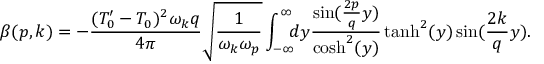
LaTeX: \beta ( p , k ) = - \frac { ( T _ { 0 } ^ { \prime } - T _ { 0 } ) ^ { 2 } \omega _ { k } q } { 4 \pi } \sqrt { \frac { 1 } { \omega _ { k } \omega _ { p } } } \int _ { - \infty } ^ { \infty } \! \! \! d y \frac { \sin ( \frac { 2 p } { q } y ) } { \mathrm { c o s h } ^ { 2 } ( y ) } \operatorname { t a n h } ^ { 2 } ( y ) \sin ( \frac { 2 k } { q } y ) .